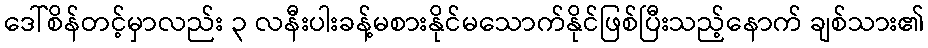
ဒေါ်စိန်တင့်မှာလည်း ၃ လနီးပါးခန့်မစားနိုင်မသောက်နိုင်ဖြစ်ပြီးသည့်နောက် ချစ်သား၏